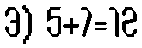
3) 5+7=12